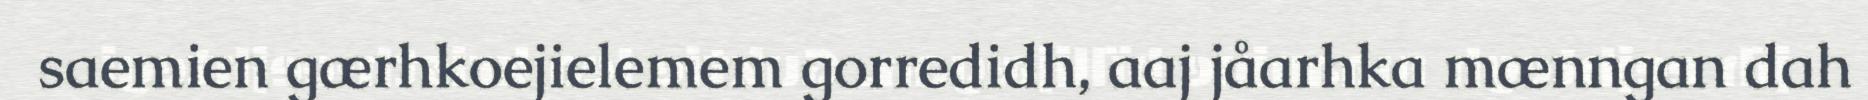
saemien gærhkoejielemem gorredidh, aaj jåarhka mænngan dah